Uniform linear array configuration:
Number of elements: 12
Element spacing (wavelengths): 0.5
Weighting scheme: cosine
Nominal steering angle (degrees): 60
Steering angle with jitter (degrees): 61.303
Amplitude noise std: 0.05
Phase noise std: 0.05

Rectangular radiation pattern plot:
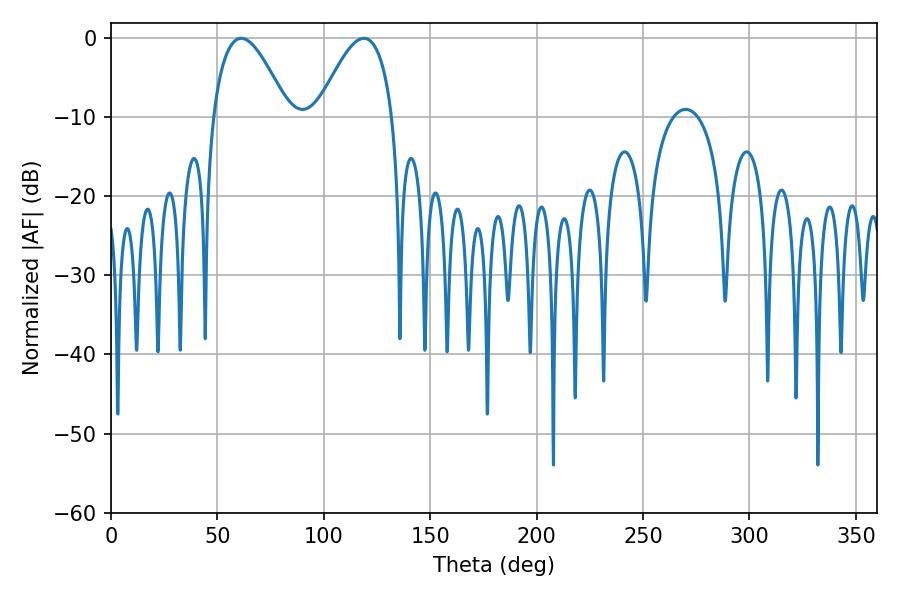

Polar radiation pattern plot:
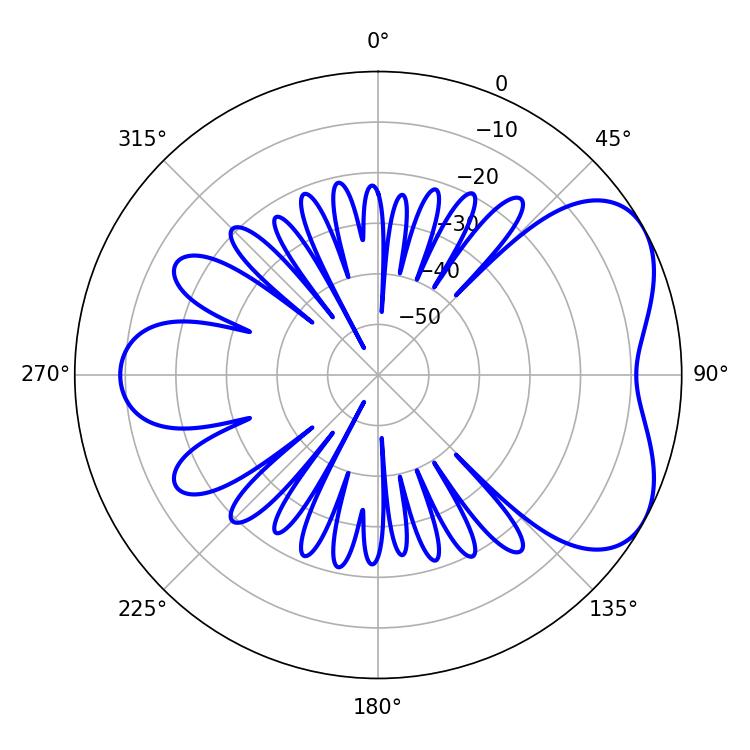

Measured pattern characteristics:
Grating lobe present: FALSE
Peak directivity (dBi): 5.13
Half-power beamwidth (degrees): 19.26
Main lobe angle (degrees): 61.2